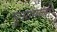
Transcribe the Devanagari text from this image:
सुआमाली